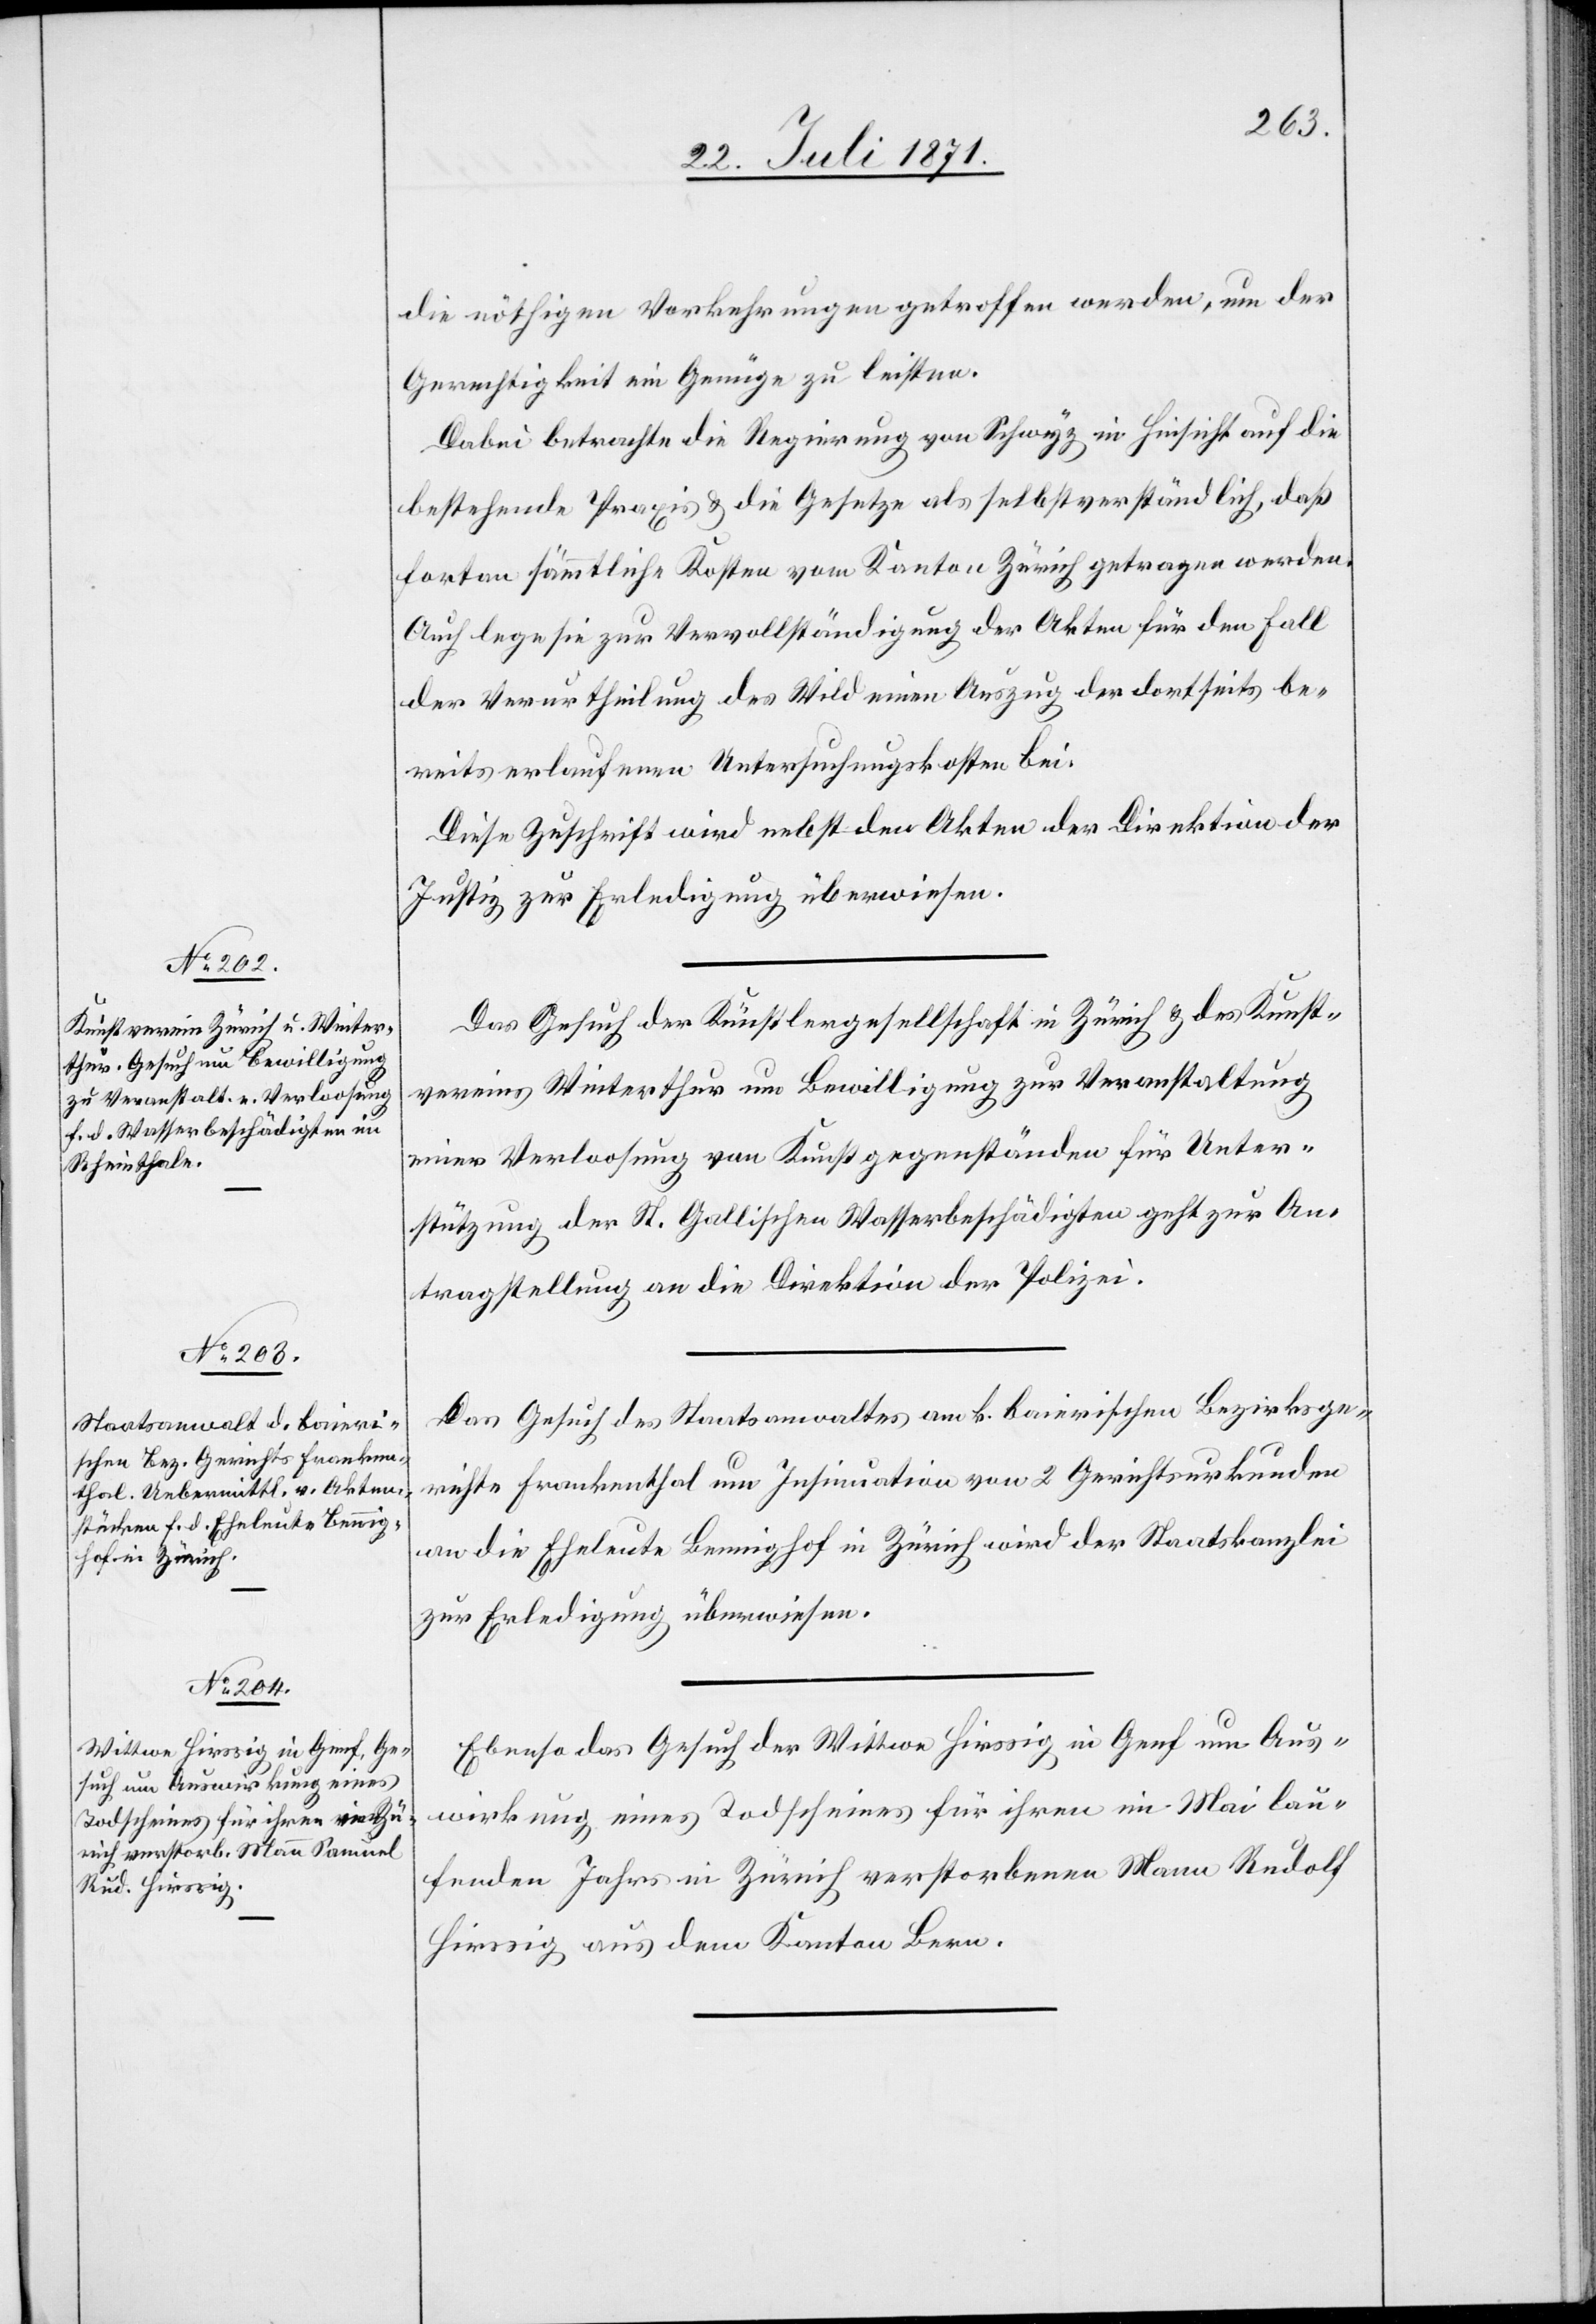
24. Juli 1871.]
die nöthigen Vorkehrungen getroffen werden, um der
Gerechtigkeit ein Genüge zu leisten.
Dabei betrachte die Regierung von Schwyz in Hinsicht auf die
bestehende Praxis u. die Gesetze als selbstverständlich, daß
fortan sämmtliche Kosten vom Kanton Zürich getragen werden.
Auch lege sie zur Vervollständigung der Akten für den Fall
der Verurtheilung des Wild einen Auszug der dortseits be¬
reits erlaufenen Untersuchungskosten bei.
Diese Zuschrift wird nebst den Akten der Direktion der
Justiz zur Erledigung überwiesen.
Das Gesuch der Künstlergesellschaft in Zürich u. des Kunst¬
vereins Winterthur um Bewilligung zur Veranstaltung
einer Verloosung von Kunstgegenständen für Unter¬
stützung der St. Gallischen Wasserbeschädigten geht zur An¬
tragstellung an die Direktion der Polizei.
Das Gesuch des Staatsanwaltes am k. baierischen Bezirksge¬
richte Frankenthal um Insinuation von 2 Gerichtsurkunden
an die Eheleute Bennighof in Zürich wird der Staatskanzlei
zur Erledigung überwiesen.
Ebenso das Gesuch der Wittwe Hirssig in Genf um Aus¬
wirkung eines Todscheines für ihren im Mai lau¬
fenden Jahre in Zürich verstorbenen Mann Rudolf
Hirssig aus dem Kanton Bern.